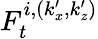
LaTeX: F_{t}^{i,(k_{x}^{\prime},k_{z}^{\prime})}